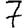
Digit: 7